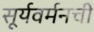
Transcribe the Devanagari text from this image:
सूर्यवर्मनची